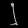
Digit: ၂